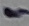
Text: -